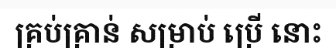
គ្រប់គ្រាន់ សម្រាប់ ប្រើ នោះ